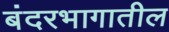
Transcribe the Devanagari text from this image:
बंदरभागातील